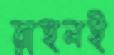
রাহুলই